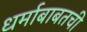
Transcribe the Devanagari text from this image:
धर्माबाबतची